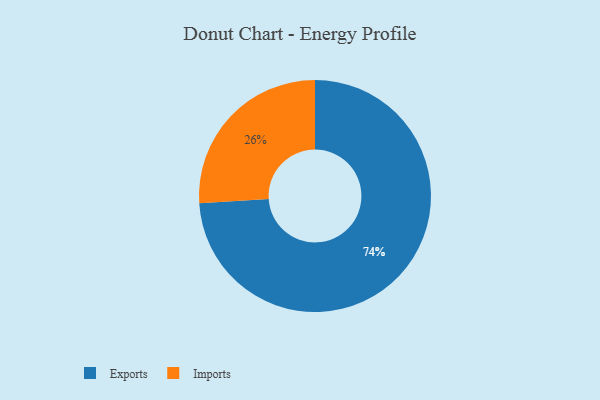
{"axis": {"x": "Category", "y": "Percentage"}, "legend": ["Exports", "Imports"], "data": [{"x": "Exports", "y": 74, "type": "Exports"}, {"x": "Imports", "y": 26, "type": "Imports"}]}